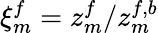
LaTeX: \xi_{m}^{f}=z_{m}^{f}/z_{m}^{f,b}